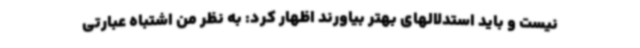
نیست و باید استدلالهای بهتر بیاورند اظهار کرد: به نظر من اشتباه عبارتی